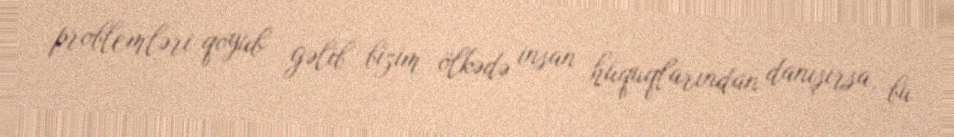
problemləri qoyub gəlib bizim ölkədə insan hüquqlarından danışırsa, bu